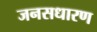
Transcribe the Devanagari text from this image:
जनसधारण